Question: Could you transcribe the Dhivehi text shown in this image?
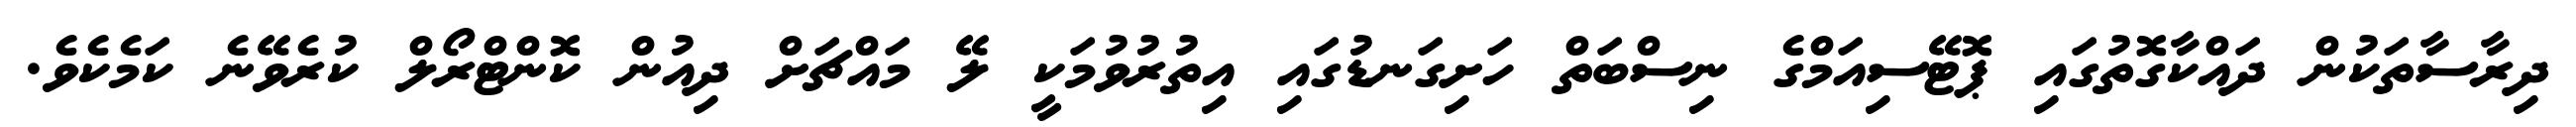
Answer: ދިރާސާތަކުން ދައްކާގޮތުގައި ޕޮޓޭސިއަމްގެ ނިސްބަތް ހަށިގަނޑުގައި އިތުރުވުމަކީ ލޭ މައްޗަށް ދިއުން ކޮންޓްރޯލް ކުރެވޭނެ ކަމެކެވެ.